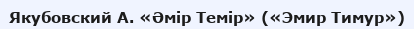
Якубовский А. «Әмір Темір» («Эмир Тимур»)